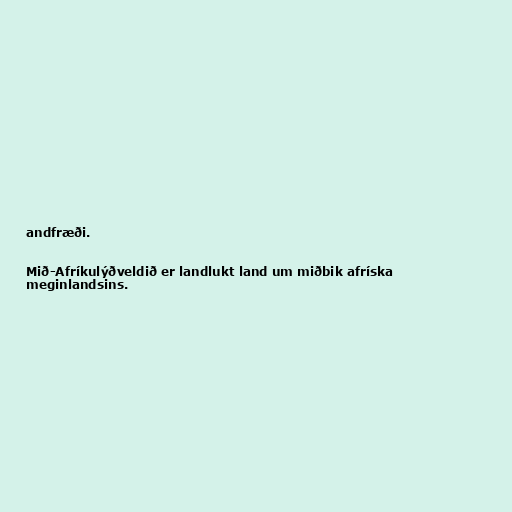
andfræði.

Mið-Afríkulýðveldið er landlukt land um miðbik afríska
meginlandsins.